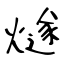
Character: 燧